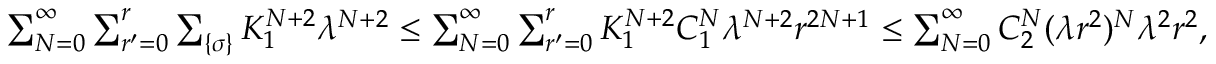
\begin{array} { r } { \sum _ { N = 0 } ^ { \infty } \sum _ { r ^ { \prime } = 0 } ^ { r } \sum _ { \{ \sigma \} } K _ { 1 } ^ { N + 2 } \lambda ^ { N + 2 } \le \sum _ { N = 0 } ^ { \infty } \sum _ { r ^ { \prime } = 0 } ^ { r } K _ { 1 } ^ { N + 2 } C _ { 1 } ^ { N } \lambda ^ { N + 2 } r ^ { 2 N + 1 } \le \sum _ { N = 0 } ^ { \infty } C _ { 2 } ^ { N } ( \lambda r ^ { 2 } ) ^ { N } \lambda ^ { 2 } r ^ { 2 } , } \end{array}